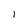
Character: 1